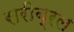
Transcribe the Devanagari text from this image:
सरीब्रल